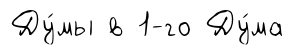
Ду́мы в 1-го Ду́ма